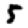
Digit: 5